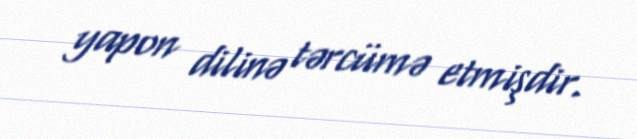
yapon dilinə tərcümə etmişdir.